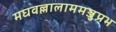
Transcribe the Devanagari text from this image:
मघवल्लालाममञ्जुप्रभ